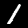
Digit: 1